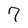
Character: 7